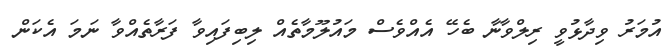
އުމަރު ވިދާޅުވީ ރިލްވާނާ ބެހޭ އެއްވެސް މައުލޫމާތެއް ލިބިފައިވާ ފަރާތެއްވާ ނަމަ އެކަން